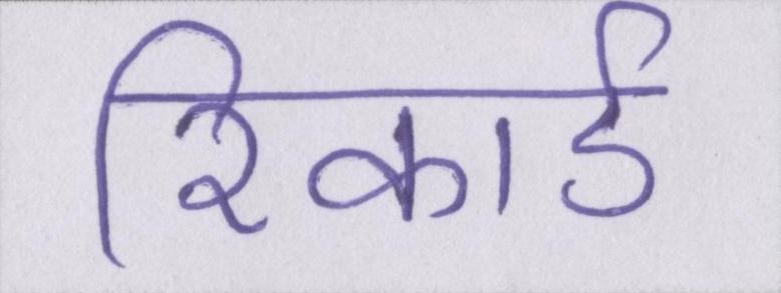
रिकार्ड